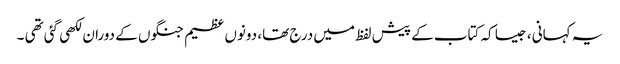
یہ کہانی ، جیسا کہ کتاب کے پیش لفظ میں درج تھا، دونوں عظیم جنگوں کے دوران لکھی گئی تھی ۔